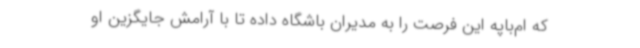
که ام‌باپه این فرصت را به مدیران باشگاه داده تا با آرامش جایگزین او